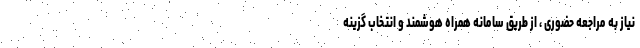
نیاز به مراجعه حضوری ، از طریق سامانه همراه هوشمند و انتخاب گزینه‌